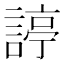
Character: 諪